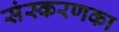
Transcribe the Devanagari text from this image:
संस्‍करणका